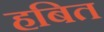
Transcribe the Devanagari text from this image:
हबित